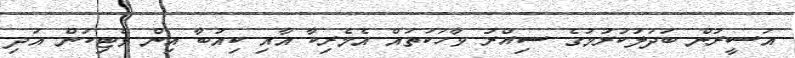
އަސީރުން ބަދަލުކުރުމުގެ ސިއްރު ވާހަކަތައް އެމެރިކާ އާއި ކިއުބާ އިން ވެޓިކަން އަދި